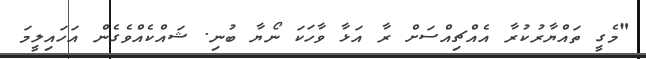
"މެގީ ތައްޔާރުކުރާ އެއްޗިއްސަށް ރާ އަޅާ ވާހަކަ ނޯޔާ ބުނި. ޝައްކެއްވެގެން އަހައިލީމަ